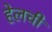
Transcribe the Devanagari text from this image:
हेलची